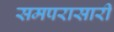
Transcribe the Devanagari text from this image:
समपरासारी